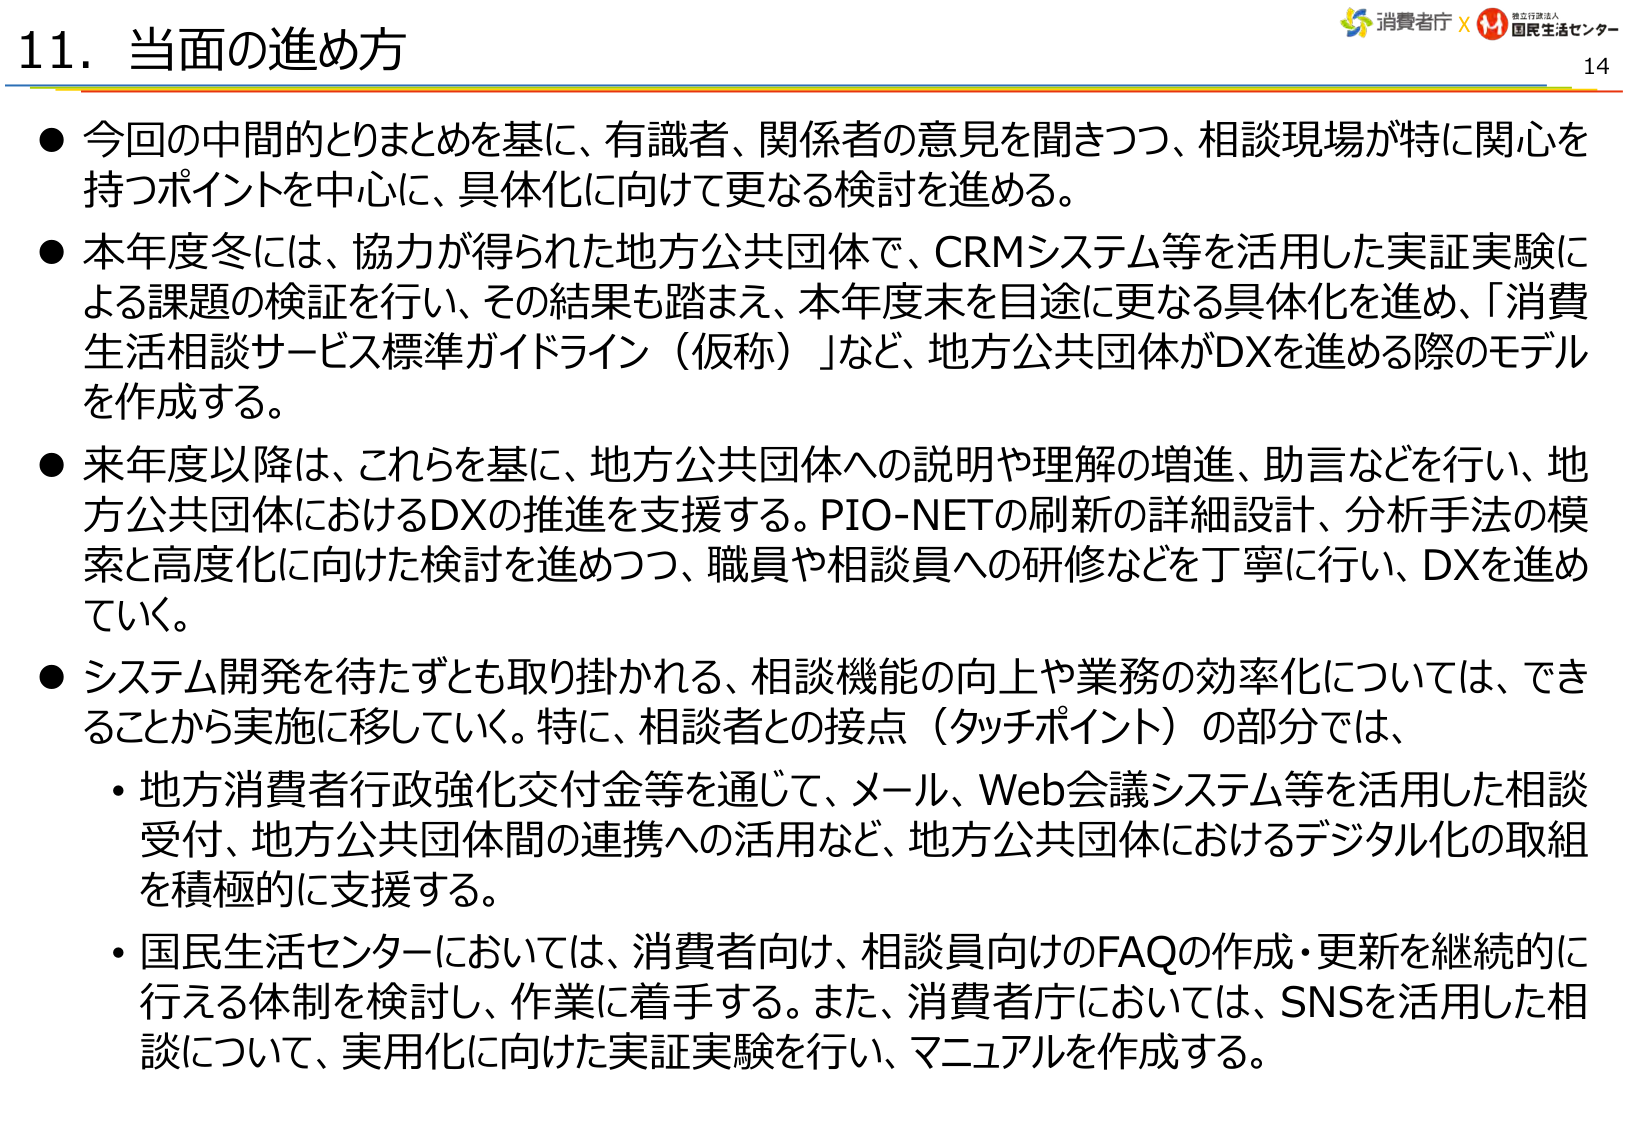
11. 当面の進め方

● 今回の中間的とりまとめを基に、有識者、関係者の意見を聞きつつ、相談現場が特に関心を持つポイントを中心に、具体化に向けて更なる検討を進める。

● 本年度冬には、協力が得られた地方公共団体で、CRMシステム等を活用した実証実験による課題の検証を行い、その結果も踏まえ、本年度末を目途に更なる具体化を進め、「消費生活相談サービス標準ガイドライン（仮称）」など、地方公共団体がDXを進める際のモデルを作成する。

● 来年度以降は、これらを基に、地方公共団体への説明や理解の増進、助言などを行い、地方公共団体におけるDXの推進を支援する。PIO-NETの刷新の詳細設計、分析手法の模索と高度化に向けた検討を進めつつ、職員や相談員への研修などを丁寧に行い、DXを進めていく。

● システム開発を待たずとも取り掛かれる、相談機能の向上や業務の効率化については、できることから実施に移していく。特に、相談者との接点（タッチポイント）の部分では、

・ 地方消費者行政強化交付金等を通じて、メール、Web会議システム等を活用した相談受付、地方公共団体間の連携への活用など、地方公共団体におけるデジタル化の取組を積極的に支援する。

・ 国民生活センターにおいては、消費者向け、相談員向けのFAQの作成・更新を継続的に行える体制を検討し、作業に着手する。また、消費者庁においては、SNSを活用した相談について、実用化に向けた実証実験を行い、マニュアルを作成する。

消費者庁 × 独立行政法人 国民生活センター
14